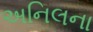
અનિલના